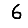
Digit: 6